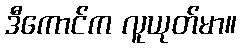
ဒီကောင်က လူယုတ်မာ။